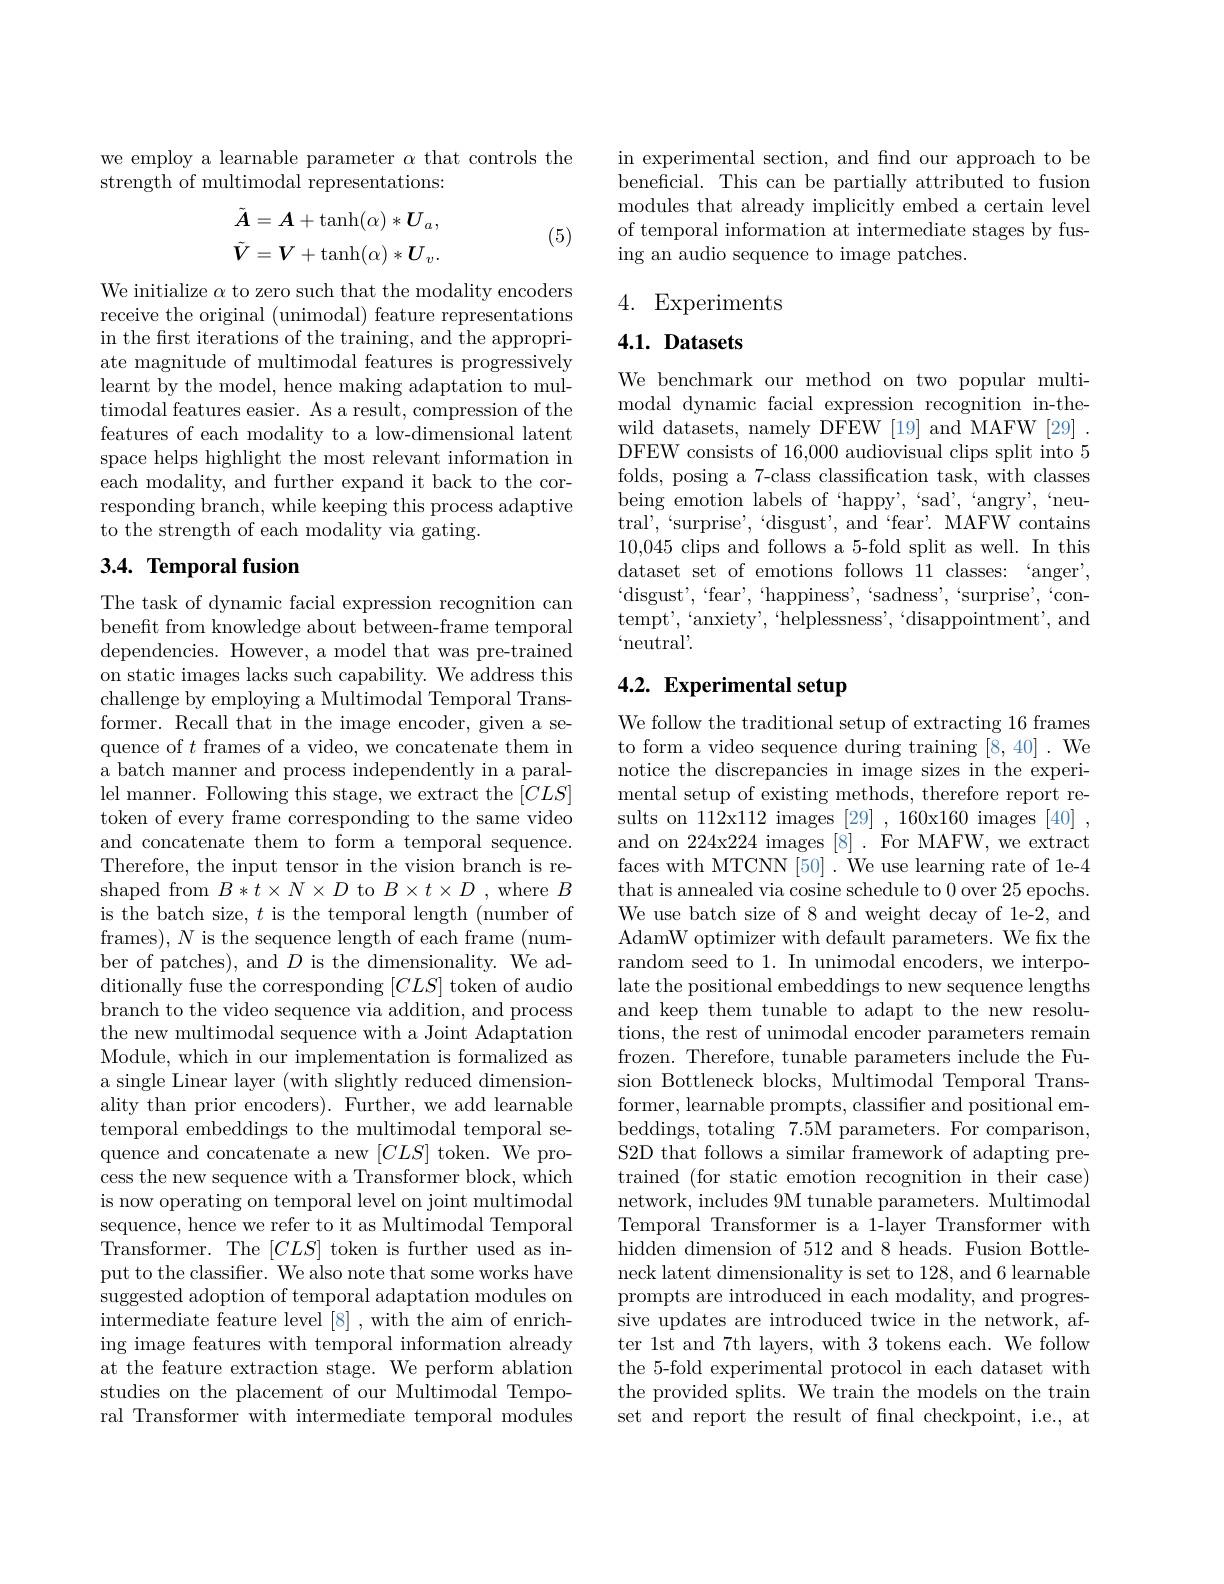
we employ a learnable parameter $\alpha$ that controls the
strength of multimodal representations:
$$\begin{aligned}\tilde{\boldsymbol{A}}&=\boldsymbol{A}+\tanh(\alpha)*\boldsymbol{U}_a,\\\tilde{\boldsymbol{V}}&=\boldsymbol{V}+\tanh(\alpha)*\boldsymbol{U}_v.\end{aligned}$$
(5)

We initialize $\alpha$ to zero such that the modality encoders receive the original (unimodal) feature representations in the frst iterations of the training, and the appropriate magnitude of multimodal features is progressively learnt by the model, hence making adaptation to multimodal features easier. As a result, compression of the features of each modality to a low-dimensional latent space helps highlight the most relevant information in each modality, and further expand it back to the corresponding branch, while keeping this process adaptive to the strength of each modality via gating.

## 3.4. Temporal fusion

The task of dynamic facial expression recognition can benefit from knowledge about between-frame temporal dependencies. However, a model that was pre-trained on static images lacks such capability. We address this challenge by employing a Multimodal Temporal Transformer. Recall that in the image encoder, given a sequence of $t$ frames of a video, we concatenate them in a batch manner and process independently in a parallel manner. Following this stage, we extract the $[CLS]$ token of every frame corresponding to the same video and concatenate them to form a temporal sequence. Therefore, the input tensor in the vision branch is reshaped from $B*t\times N\times D$ to $B\times t\times D$ , where $B$ is the batch size, $t$ is the temporal length (number of frames), $N$ is the sequence length of each frame (number of patches), and $D$ is the dimensionality. We additionally fuse the corresponding $[CLS]$ token of audio branch to the video sequence via addition, and process the new multimodal sequence with a Joint Adaptation Module, which in our implementation is formalized as a single Linear layer (with slightly reduced dimensionality than prior encoders). Further, we add learnable temporal embeddings to the multimodal temporal sequence and concatenate a new $[CLS]$ token. We process the new sequence with a Transformer block, which is now operating on temporal level on joint multimodal sequence, hence we refer to it as Multimodal Temporal Transformer. The $[CLS]$ token is further used as input to the classifier. We also note that some works have suggested adoption of temporal adaptation modules on intermediate feature level [8] , with the aim of enriching image features with temporal information already at the feature extraction stage. We perform ablation studies on the placement of our Multimodal Temporal Transformer with intermediate temporal modules

in experimental section, and find our approach to be beneficial. This can be partially attributed to fusion modules that already implicitly embed a certain level of temporal information at intermediate stages by fusing an audio sequence to image patches

## 4. Experiments

## $4. 1. \textbf{ Datasets}$

We benchmark our method on two popular multimodal dynamic facial expression recognition in-thewild datasets, namely DFEW [19] and MAFW [29] . DFEW consists of 16,000 audiovisual clips split into 5 folds, posing a 7-class classification task, with classes being emotion labels of 'happy',`sad''angry',`neutral',“surprise’,‘disgust',and‘fear'.MAFWcontains 10,045 clips and follows a 5-fold split as well. In this dataset set of emotions follows 11 classes: “anger”, $`$disgust',“fear',“happiness',“sadness',‘surprise’,‘contemp$t^{\prime }$, ` anxiet$y^{\prime }$, ` helplessnes$s^{\prime }$, ` disappointmen$t^{\prime }$, and “neutral'.

# 4.2. Experimental setup

We follow the traditional setup of extracting 16 frames to form a video sequence during training [8,40] . We notice the discrepancies in image sizes in the experimental setup of existing methods, therefore report results on 112x112 images [29] ,160x160 images [40] , and on 224x224 images [8]. For MAFW, we extract faces with MTCNN [50] . We use learning rate of 1e-4 that is annealed via cosine schedule to 0 over 25 epochs. We use batch size of 8 and weight decay of 1e-2, and AdamW optimizer with default parameters. We fix the random seed to 1. In unimodal encoders, we interpolate the positional embeddings to new sequence lengths and keep them tunable to adapt to the new resolutions, the rest of unimodal encoder parameters remain frozen. Therefore, tunable parameters include the Fusion Bottleneck blocks, Multimodal Temporal Transformer, learnable prompts, classifier and positional embeddings, totaling 7.5M parameters. For comparison, S2D that follows a similar framework of adapting pretrained (for static emotion recognition in their case) network, includes 9M tunable parameters. Multimodal Temporal Transformer is a 1-layer Transformer with hidden dimension of 512 and 8 heads. Fusion Bottleneck latent dimensionality is set to 128, and 6 learnable prompts are introduced in each modality, and progressive updates are introduced twice in the network, after 1st and 7th layers, with 3 tokens each. We follow the 5-fold experimental protocol in each dataset with the provided splits. We train the models on the train set and report the result of final checkpoint, i.e., at